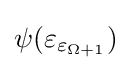
\psi (\varepsilon _{\varepsilon _{\Omega +1}})